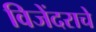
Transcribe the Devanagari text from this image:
विजेंदराचे